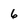
Character: 6